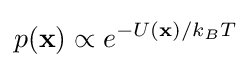
p(\mathbf {x} )\propto e^{-U(\mathbf {x} )/k_{B}T}